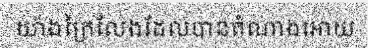
យ៉ាងក្រៃលែងដែលបានតំណាងអោយ